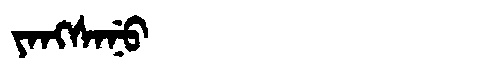
Manchu: ᠶᠠᠩᠰᠠᠨᡠ
Romanization: YANGSANU